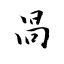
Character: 咼